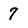
Character: 7